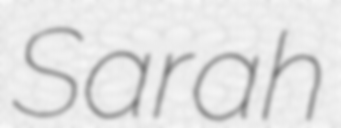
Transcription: Sarah